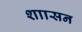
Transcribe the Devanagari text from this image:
शाासन